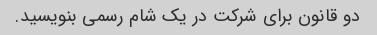
دو قانون برای شرکت در یک شام رسمی بنویسید.